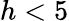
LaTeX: h<5